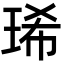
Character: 琋